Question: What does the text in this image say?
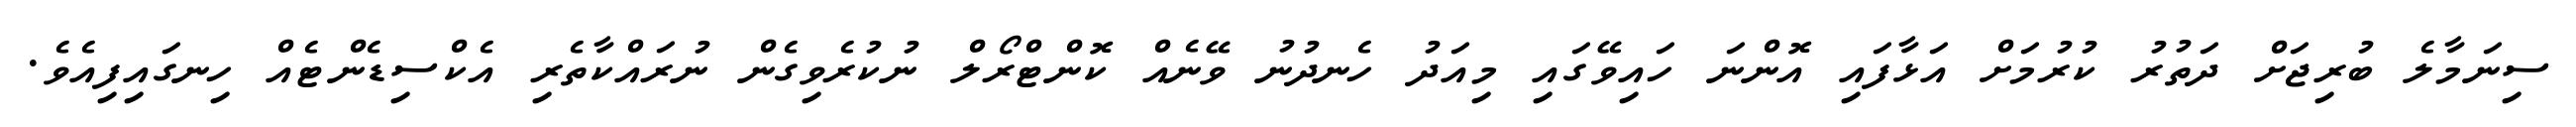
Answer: ސިނަމާލެ ބުރިޖަށް ދަތުރު ކުރުމަށް އަޅާފައި އޮންނަ ހައިވޭގައި މިއަދު ހެނދުނު ވޭނެއް ކޮންޓްރޯލް ނުކުރެވިގެން ނުރައްކާތެރި އެކްސިޑެންޓެއް ހިނގައިފިއެވެ.